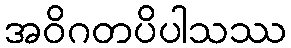
အဝိဂတပိပါသဿ